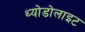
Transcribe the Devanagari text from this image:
थ्योडोलाइट